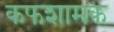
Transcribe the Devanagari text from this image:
कफशामक